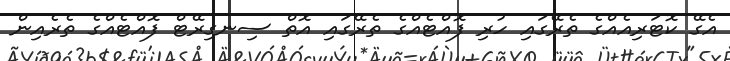
އެގޭ ކޮޓަރިއެއްގެ ތެރޭގައި ހުރި ފޮއްޓެއްގެ ތެރޭގައި އޮތް ސިނގިރޭޓް ފޮއްޓެއްގެ ތެރެއިން